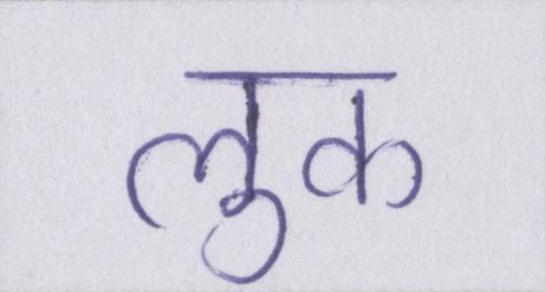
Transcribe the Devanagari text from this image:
लुक